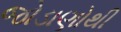
જોડાણોથી